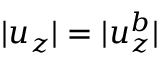
| u _ { z } | = | u _ { z } ^ { b } |